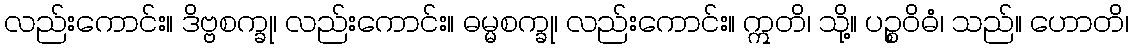
လည်းကောင်း။ ဒိဗ္ဗစက္ခု၊ လည်းကောင်း။ ဓမ္မစက္ခု၊ လည်းကောင်း။ ဣတိ၊ သို့။ ပဉ္စဝိဓံ၊ သည်။ ဟောတိ၊